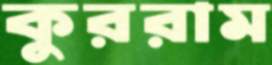
কুররাম